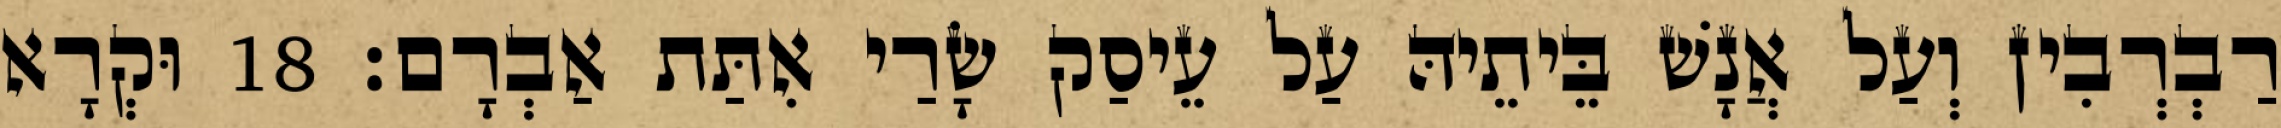
רַבְרְבִין וְעַל אֲנָשׁ בֵּיתֵיהּ עַל עֵיסַק שָׂרַי אִתַּת אַבְרָם׃ 18 וּקְרָא